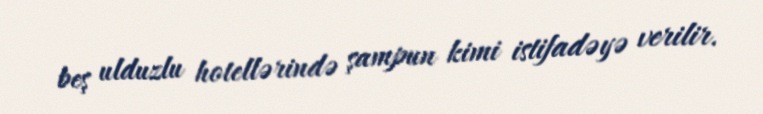
beş ulduzlu hotellərində şampun kimi istifadəyə verilir.